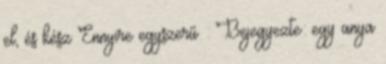
el, és kész Ennyire egyszerű : Bejegyezte: egy anya